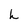
Character: h